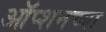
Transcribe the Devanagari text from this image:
ऑप्शनच्या